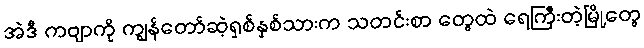
အဲဒီ ကဗျာကို ကျွန်တော်ဆဲ့ရှစ်နှစ်သားက သတင်းစာ တွေထဲ ရေကြီးတဲ့မြို့တွေ